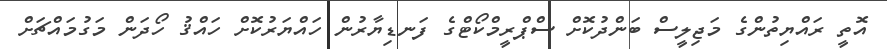
އޮތީ ރައްޔިތުންގެ މަޖިލީސް ބަންދުކޮށް ސްޕްރީމްކޯޓްގެ ފަނޑިޔާރުން ހައްޔަރުކޮށް ހައްޤު ހޯދަން މަގުމައްޗަށް